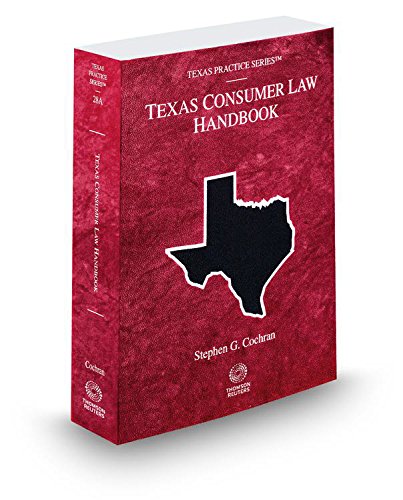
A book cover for Consumer Law Handbook, 2014-2015 ed. (Vol. 28A, Texas Practice Series); Stephen Cochran; Law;